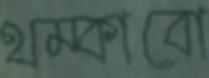
থম্‌কাবো